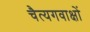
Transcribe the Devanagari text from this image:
चैत्यगवाक्षों